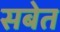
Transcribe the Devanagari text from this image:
सबेत